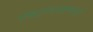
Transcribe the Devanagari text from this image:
राष्ट्राध्यक्षांपुढे